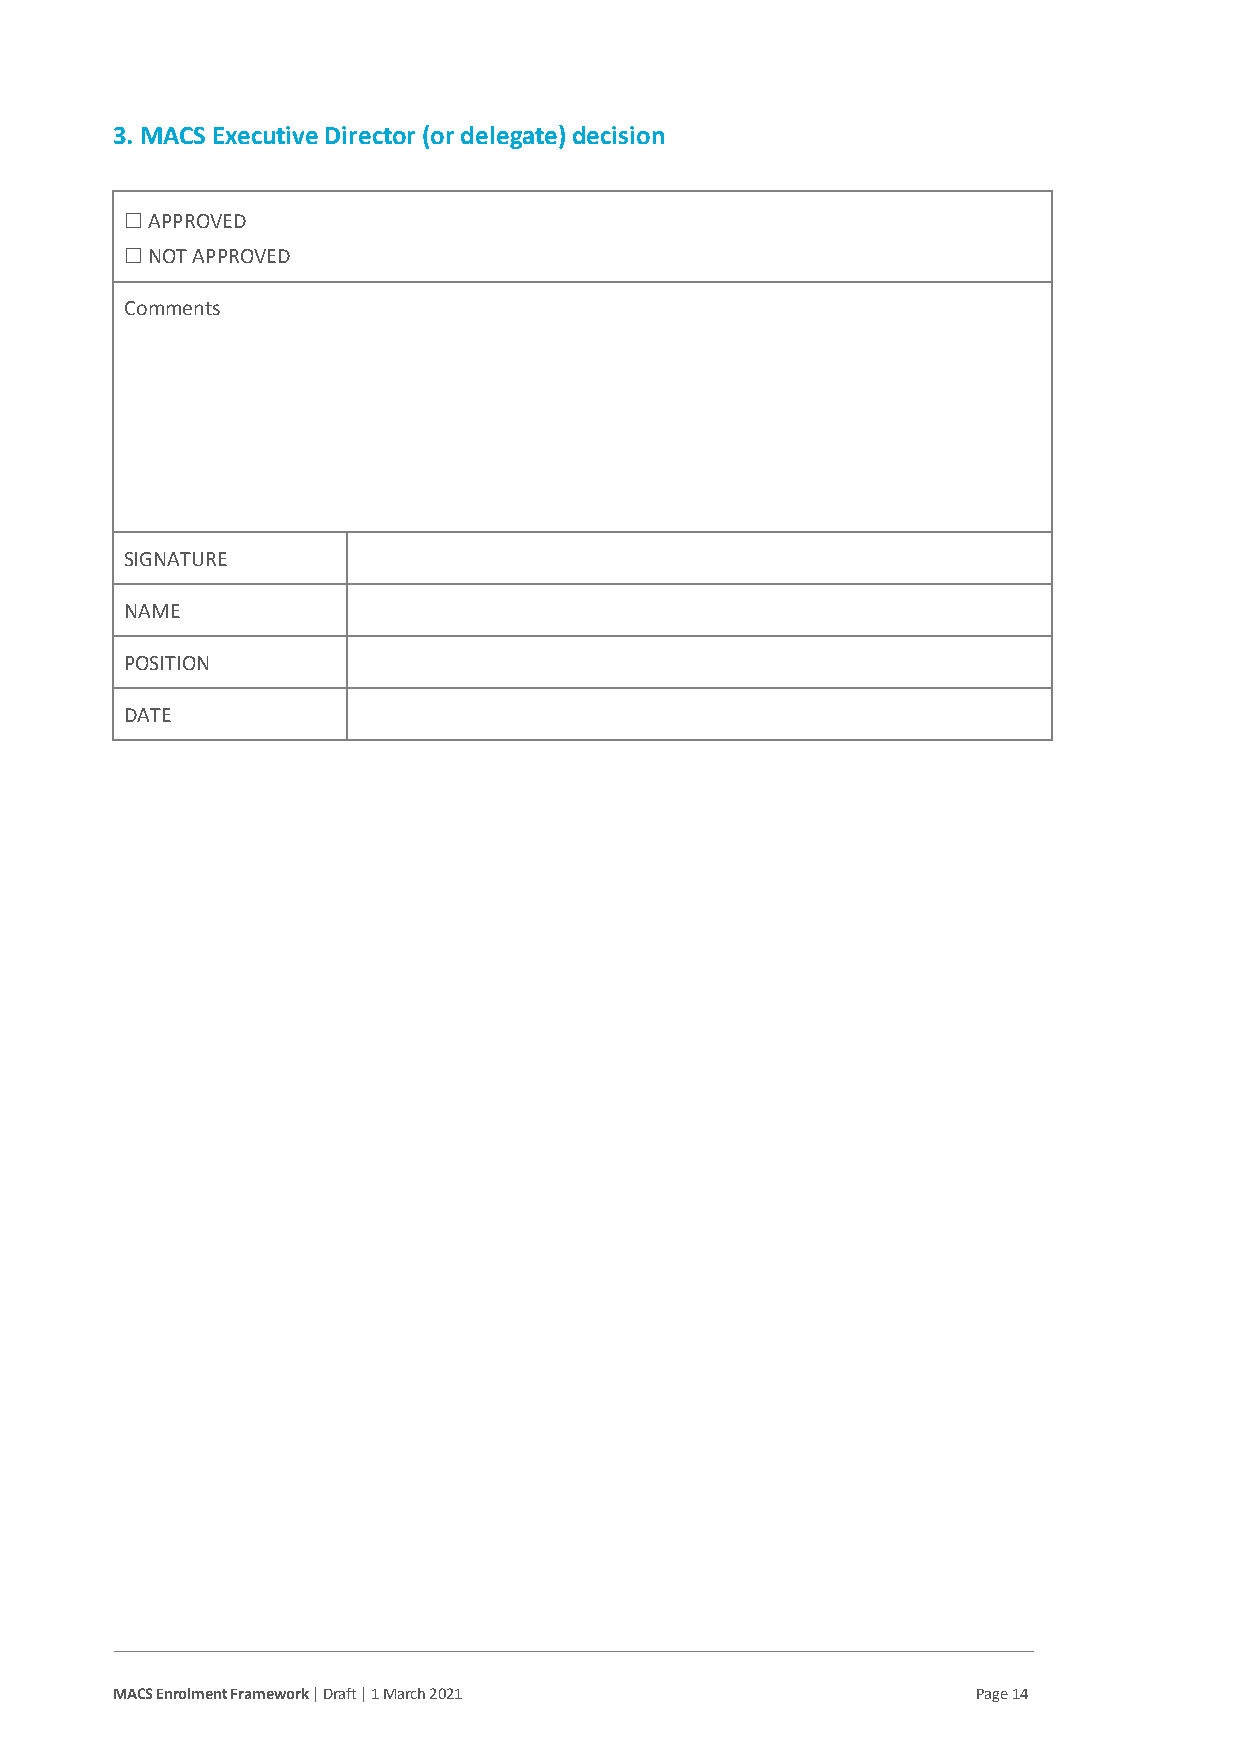
3. MACS Executive Director (or delegate) decision
 ☐ APPROVED
 ☐ NOT APPROVED
 Comments
 SIGNATURE
 NAME
 POSITION
 DATE
 MACS Enrolment Framework | Draft | 1 March 2021           Page 14